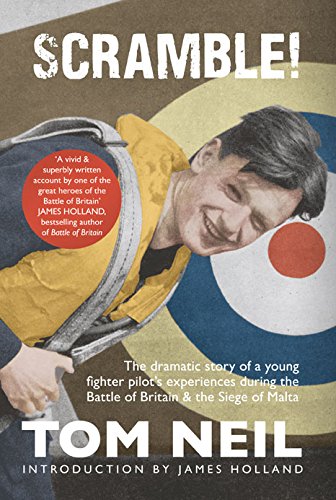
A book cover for Scramble: The Dramatic Story of a Young Fighter Pilot's Experiences during the Battle of Britain & Siege of Malta; Tom Neil; History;